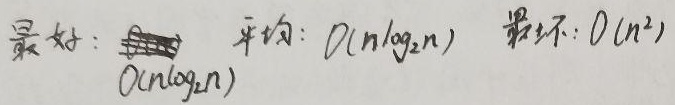
最好：$O(n\log_2 n)$  平均：$O(n\log_2 n)$  最坏：$O(n^{2})$